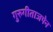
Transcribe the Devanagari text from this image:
गुरुगीताजपेन